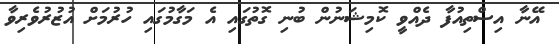
އޭނާ އިސްތިއުފާ ދެއްވީ ކޮމިޝަނުން ބުނި ގޮތުގައި އެ މަގާމުގައި ހުރުމަށް އުޒުރުވެރިވާ